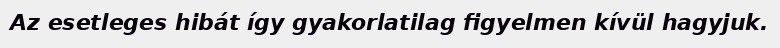
Az esetleges hibát így gyakorlatilag figyelmen kívül hagyjuk.